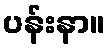
ပန်းနာ။